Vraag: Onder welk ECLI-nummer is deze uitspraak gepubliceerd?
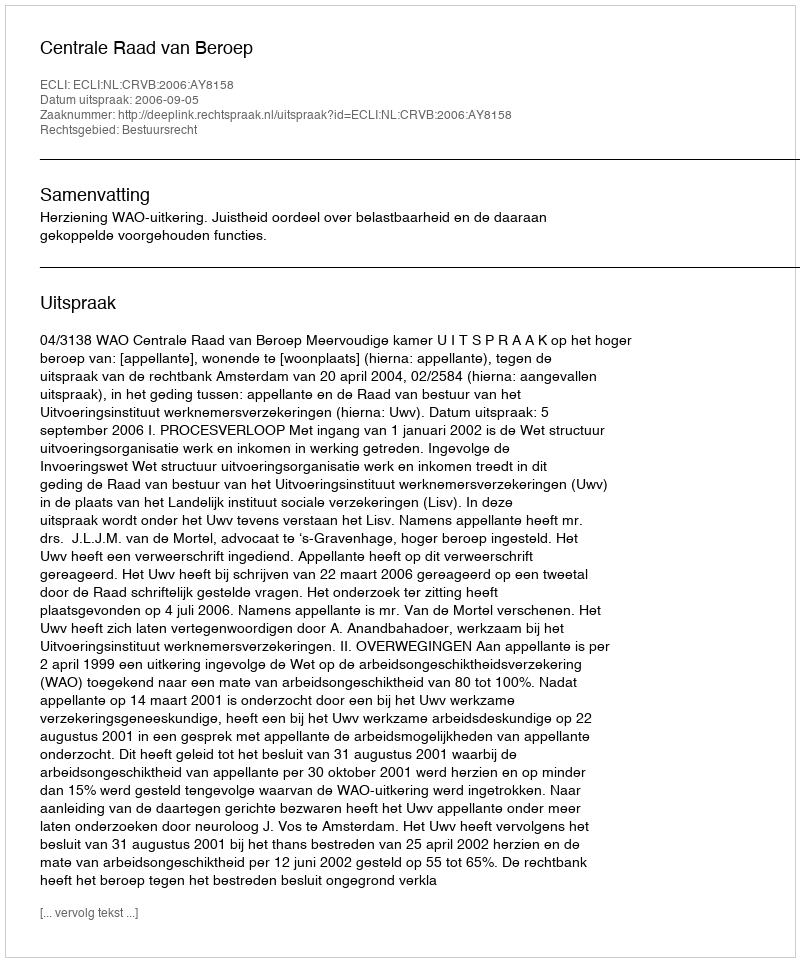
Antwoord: ECLI:NL:CRVB:2006:AY8158